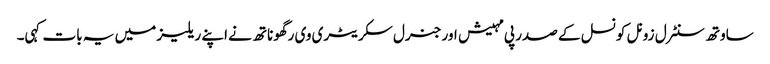
ساوتھ سنٹرل زونل کونسل کے صدر پی مہیش اور جنرل سکریٹری وی رگھوناتھ نے اپنے ریلیز میں یہ بات کہی۔